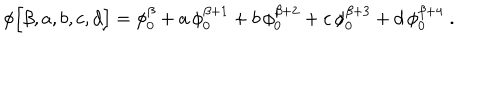
LaTeX: \phi \Big [ \beta , a , b , c , d \Big ] = \phi _ { 0 } ^ { \beta } + a \, \phi _ { 0 } ^ { \beta + 1 } + b \, \phi _ { 0 } ^ { \beta + 2 } + c \, \phi _ { 0 } ^ { \beta + 3 } + d \, \phi _ { 0 } ^ { \beta + 4 } \; .